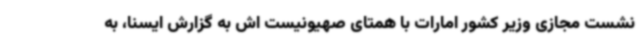
نشست مجازی وزیر کشور امارات با همتای صهیونیست اش به گزارش ایسنا، به